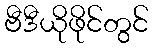
ဗီဒီယိုဖိုင်တွင်